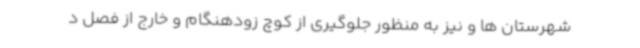
شهرستان ها و نیز به منظور جلوگیری از کوچ زودهنگام و خارج از فصل د